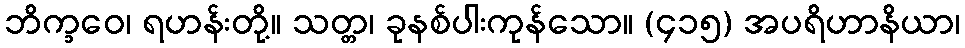
ဘိက္ခဝေ၊ ရဟန်းတို့။ သတ္တ၊ ခုနစ်ပါးကုန်သော။ (၄၁၅) အပရိဟာနိယာ၊